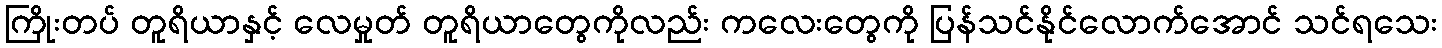
ကြိုးတပ် တူရိယာနှင့် လေမှုတ် တူရိယာတွေကိုလည်း ကလေးတွေကို ပြန်သင်နိုင်လောက်အောင် သင်ရသေး